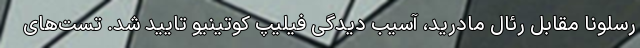
رسلونا مقابل رئال مادرید، آسیب دیدگی فیلیپ کوتینیو تایید شد. تست‌های